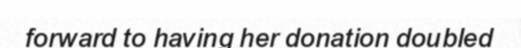
forward to having her donation doubled